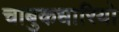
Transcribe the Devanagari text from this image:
चाबुकधारियो